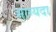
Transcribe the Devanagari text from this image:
भाग्यदा